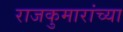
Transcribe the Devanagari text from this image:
राजकुमारांच्या